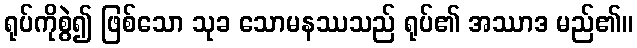
ရုပ်ကိုစွဲ၍ ဖြစ်သော သုခ သောမနဿသည် ရုပ်၏ အဿာဒ မည်၏။